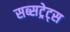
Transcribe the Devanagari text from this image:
सब्सट्रेट्स